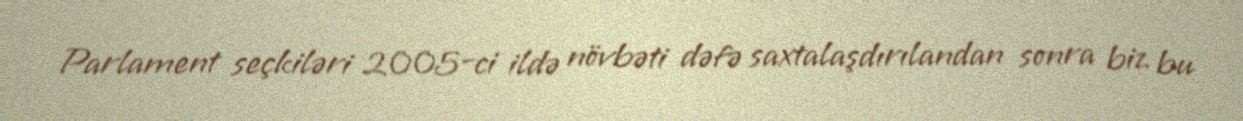
Parlament seçkiləri 2005-ci ildə növbəti dəfə saxtalaşdırılandan sonra biz bu